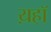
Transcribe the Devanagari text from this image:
य़हॉ